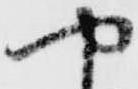
や